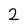
Character: 2